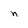
Character: D